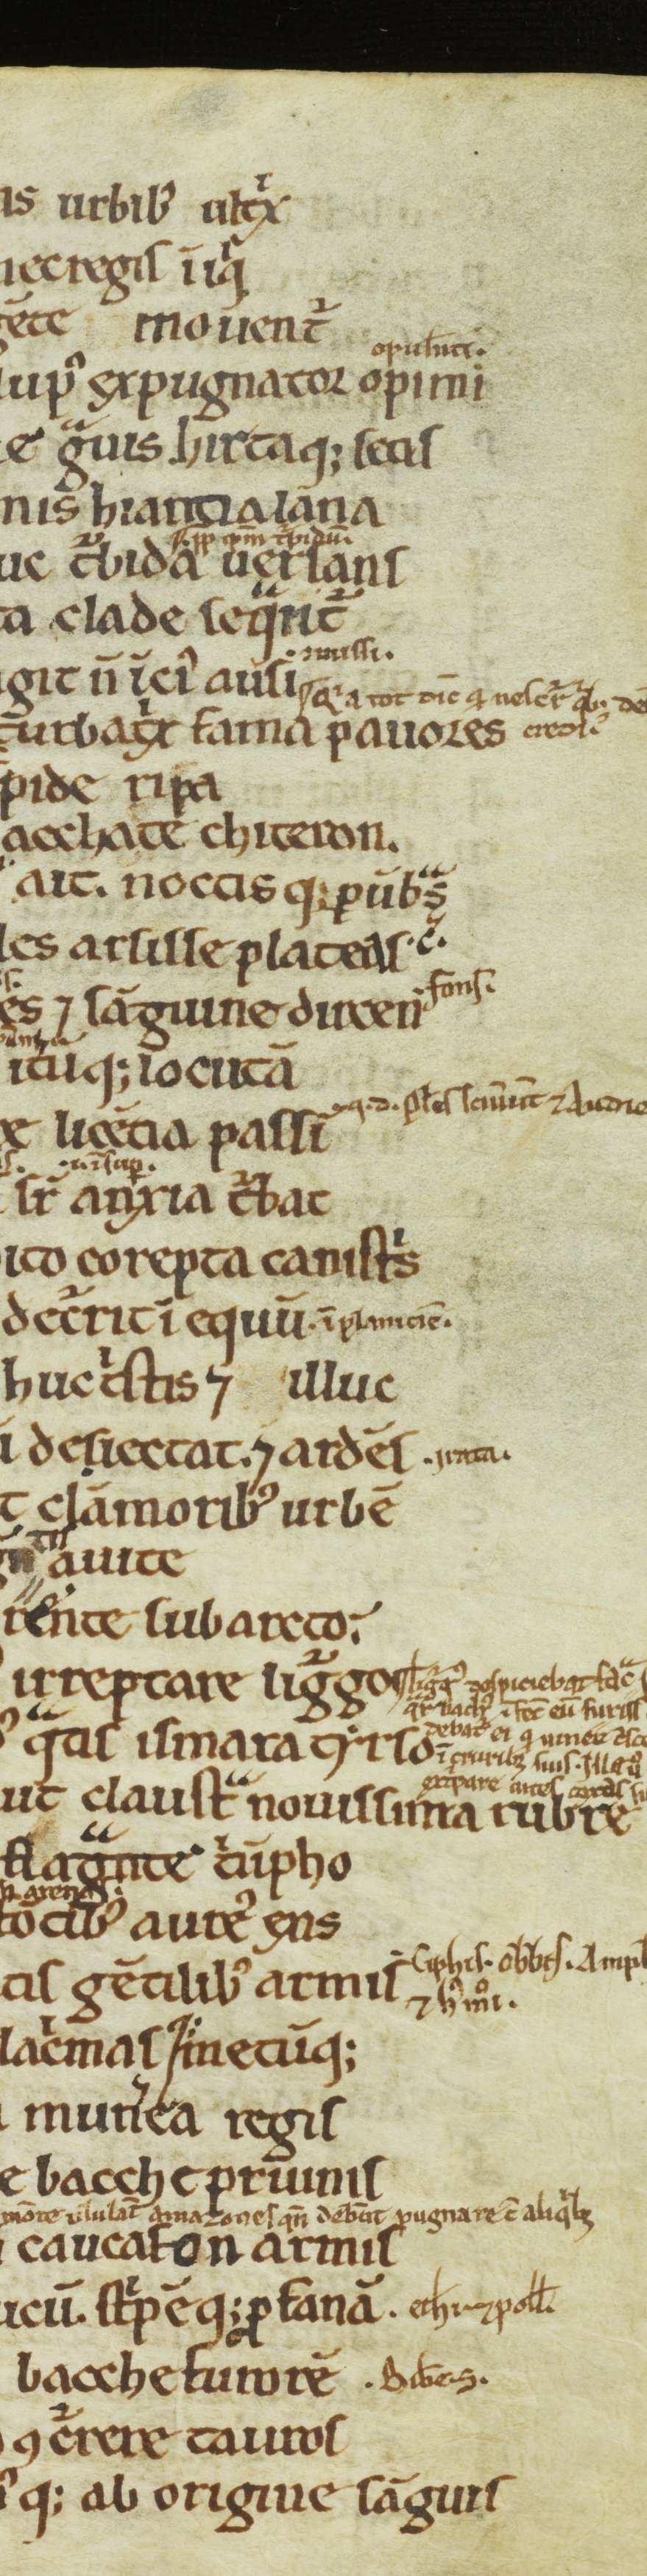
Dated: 1100–1199